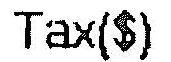
TAX($)